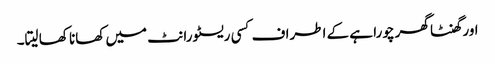
اور گھنٹا گھر چورا ہے کے اطراف کسی ریسٹورانٹ میں کھانا کھا لیتا۔